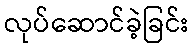
လုပ်ဆောင်ခဲ့ခြင်း